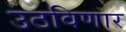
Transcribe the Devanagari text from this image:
उठविणार